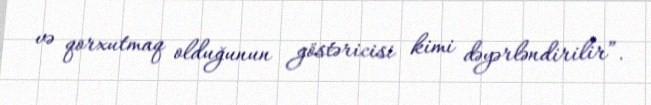
və qorxutmaq olduğunun göstəricisi kimi dəyərləndirilir”.